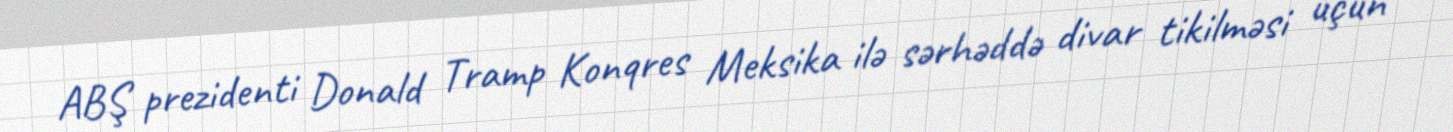
ABŞ prezidenti Donald Tramp Konqres Meksika ilə sərhəddə divar tikilməsi üçün